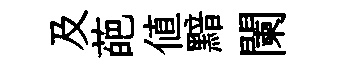
及葩值黯闌